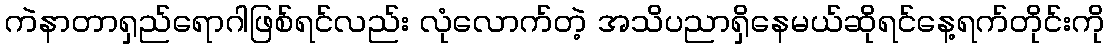
ကဲနာတာရှည်ရောဂါဖြစ်ရင်လည်း လုံလောက်တဲ့ အသိပညာရှိနေမယ်ဆိုရင်နေ့ရက်တိုင်းကို